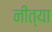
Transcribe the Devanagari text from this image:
नीत्या